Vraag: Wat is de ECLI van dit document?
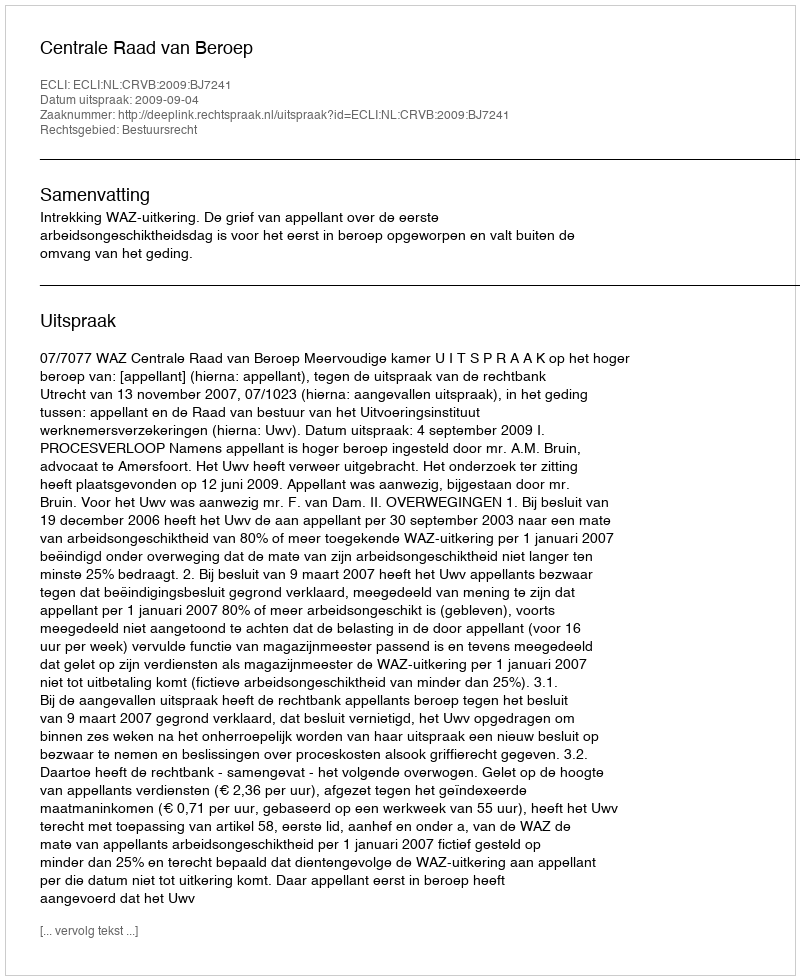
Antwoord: ECLI:NL:CRVB:2009:BJ7241